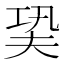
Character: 㠫